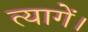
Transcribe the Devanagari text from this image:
त्यागें।